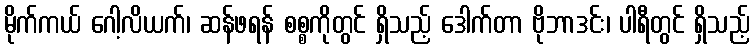
မိုက်ကယ် ဂေါ့လိယက်၊ ဆန်ဖရန် စစ္စကိုတွင် ရှိသည့် ဒေါက်တာ ဗိုဘာဒင်း၊ ပါရီတွင် ရှိသည့်